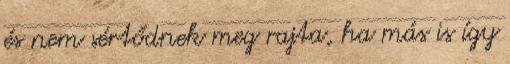
és nem sértődnek meg rajta, ha más is így